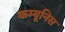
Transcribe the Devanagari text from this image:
कम्यूनिस